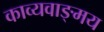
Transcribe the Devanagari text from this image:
काव्यवाङ्‌मय